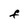
Character: F